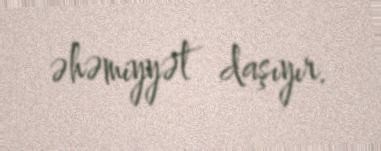
əhəmiyyət daşıyır.